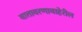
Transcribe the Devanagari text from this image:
वातावरणाबाहेरील